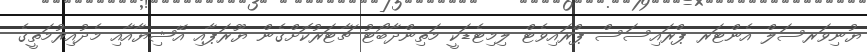
ޔުނިވަރސަލް އެންޓަރ ޕްރައިސަސް ޕްރައިވެޓް ލިމިޓެޑަކީ މަތިންދާބޯޓު ޗާޓަރުކޮށްގެން ޔޫރަޕާއި އޭޝިޔާއާއި މެދުއިރުމަތީގެ